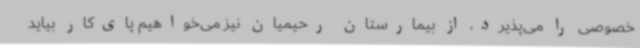
خصوصی را می‌پذیرد، از بیمارستان رحیمیان نیز می‌خواهیم پای‌کار بیاید